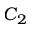
C _ { 2 }